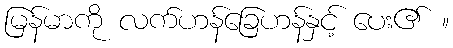
မြန်မာကို လက်ဟန်ခြေဟန်နှင့် ပေး၏ ။